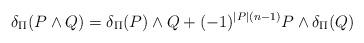
LaTeX: \begin{align*} \delta_\Pi (P \wedge Q) = \delta_\Pi (P) \wedge Q + (-1)^{|P| (n-1)} P \wedge \delta_\Pi (Q)\end{align*}